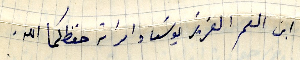
ابن العم العزيز يوسف وامراته حفظكما الله.